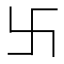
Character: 卐